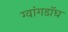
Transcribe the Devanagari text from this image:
ग्वांगडॉघ